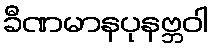
ခီဏမာနပုနဗ္ဘဝါ